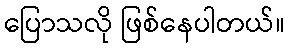
ပြောသလို ဖြစ်နေပါတယ်။